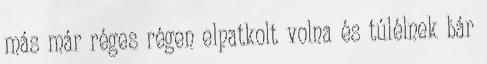
más már réges régen elpatkolt volna és túlélnek bár